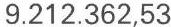
9.212.362,53